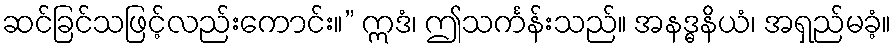
ဆင်ခြင်သဖြင့်လည်းကောင်း။” ဣဒံ၊ ဤသင်္ကန်းသည်။ အနဒ္ဓနိယံ၊ အရှည်မခံ့။